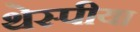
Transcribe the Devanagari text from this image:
थेस्पीया